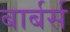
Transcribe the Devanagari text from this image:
बार्बर्स